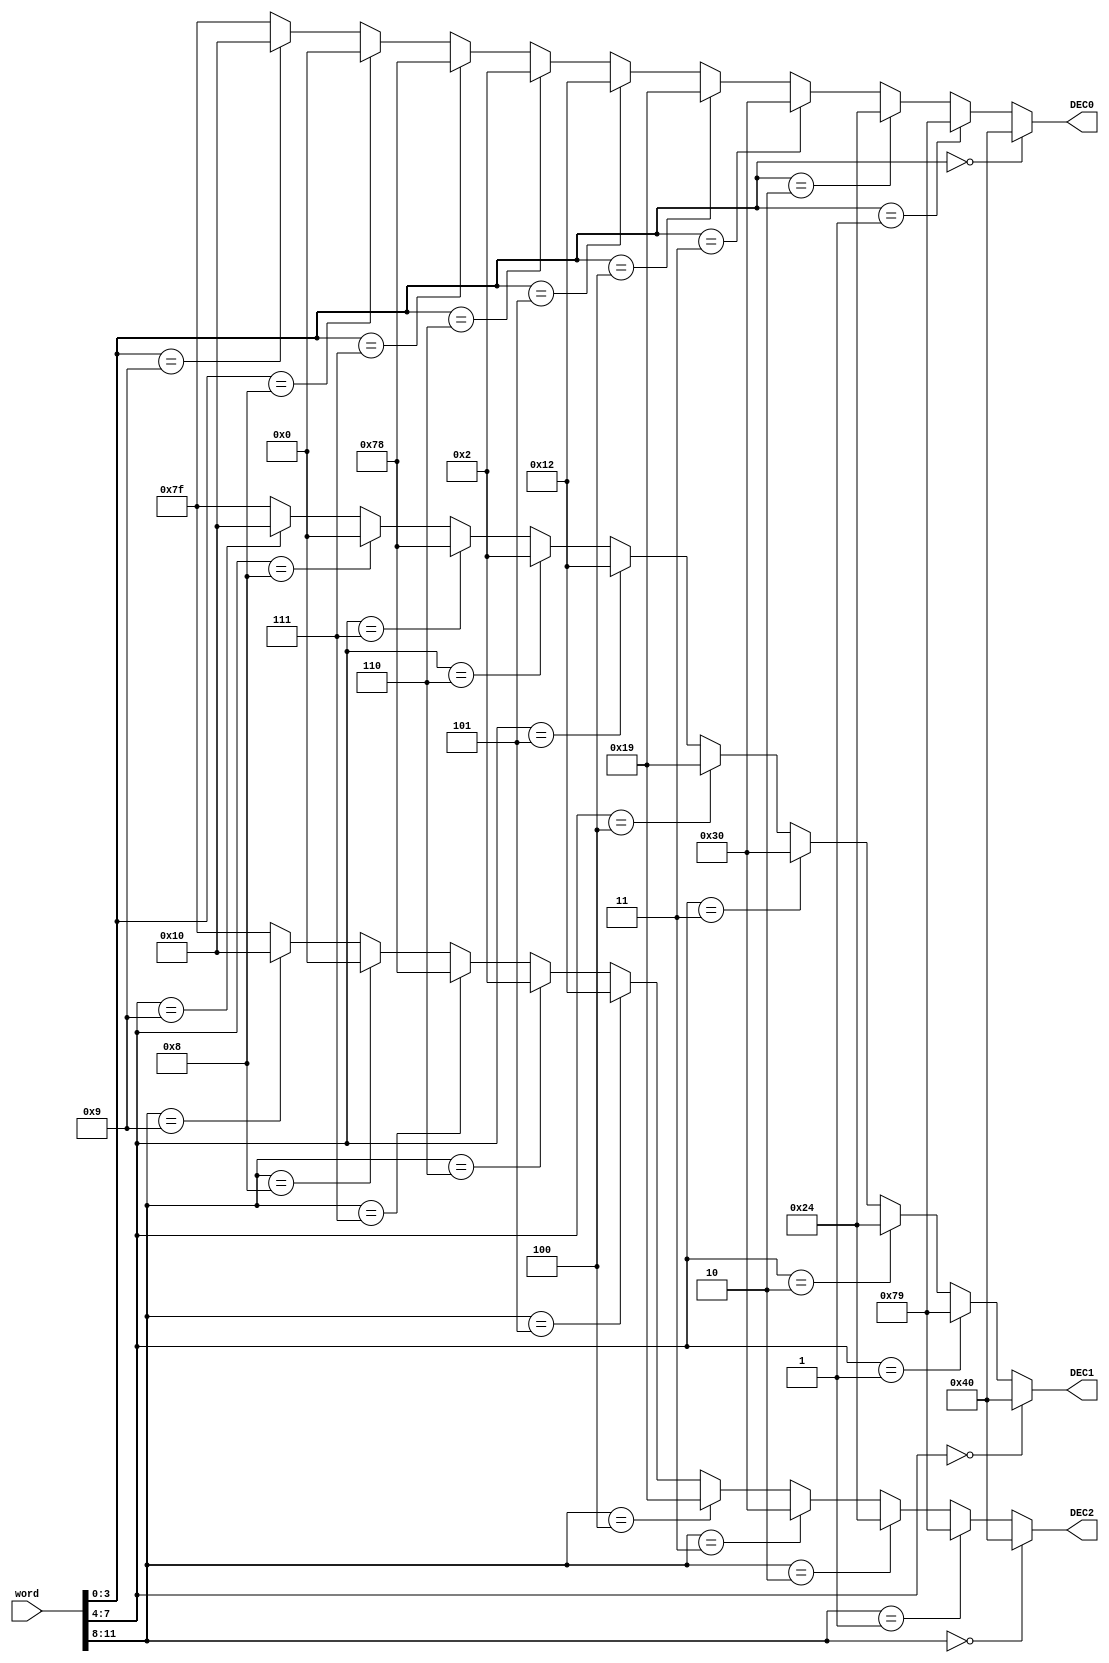
module Decoder(input[11:0] word,output wire[6:0]DEC0,output wire[6:0]DEC1,output wire[6:0] DEC2);
reg [6:0] HEX0_1;
reg [6:0] HEX0_2;
reg [6:0] HEX0_3;    
always @(*) 
begin 
if(word[3:0]==0)
     HEX0_1<=7'b1000000;
else if(word[3:0]==1)
     HEX0_1<=7'b1111001;
else if(word[3:0]==2)
     HEX0_1<=7'b0100100;
else if(word[3:0]==3)
     HEX0_1<=7'b0110000;
else if(word[3:0]==4)
     HEX0_1<=7'b0011001;
else if(word[3:0]==5)
     HEX0_1<=7'b0010010;
else if(word[3:0]==6)
     HEX0_1<=7'b0000010;
else if(word[3:0]==7)
     HEX0_1<=7'b1111000;
else if(word[3:0]==8)
     HEX0_1<=7'b0000000;
else if(word[3:0]==9)
     HEX0_1<=7'b0010000;
else 
     HEX0_1<=7'b1111111;
end
always @(*) 
begin 
if(word[7:4]==0)
     HEX0_2<=7'b1000000;
else if(word[7:4]==1)
     HEX0_2<=7'b1111001;
else if(word[7:4]==2)
     HEX0_2<=7'b0100100;
else if(word[7:4]==3)
     HEX0_2<=7'b0110000;
else if(word[7:4]==4)
     HEX0_2<=7'b0011001;
else if(word[7:4]==5)
     HEX0_2<=7'b0010010;
else if(word[7:4]==6)
     HEX0_2<=7'b0000010;
else if(word[7:4]==7)
     HEX0_2<=7'b1111000;
else if(word[7:4]==8)
     HEX0_2<=7'b0000000;
else if(word[7:4]==9)
     HEX0_2<=7'b0010000;
else 
     HEX0_2<=7'b1111111;
end
always @(*) 
begin 
if(word[11:8]==0)
     HEX0_3<=7'b1000000;
else if(word[11:8]==1)
     HEX0_3<=7'b1111001;
else if(word[11:8]==2)
     HEX0_3<=7'b0100100;
else if(word[11:8]==3)
     HEX0_3<=7'b0110000;
else if(word[11:8]==4)
     HEX0_3<=7'b0011001;
else if(word[11:8]==5)
     HEX0_3<=7'b0010010;
else if(word[11:8]==6)
     HEX0_3<=7'b0000010;
else if(word[11:8]==7)
     HEX0_3<=7'b1111000;
else if(word[11:8]==8)
     HEX0_3<=7'b0000000;
else if(word[11:8]==9)
     HEX0_3<=7'b0010000;
else 
     HEX0_3<=7'b1111111;
end
assign DEC0=HEX0_1;
assign DEC1=HEX0_2;
assign DEC2=HEX0_3;
endmodule